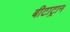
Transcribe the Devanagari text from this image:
बीटाट्रान